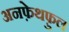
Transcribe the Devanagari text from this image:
अनफ़ेथफ़ुल